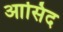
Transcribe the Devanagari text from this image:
आसिद